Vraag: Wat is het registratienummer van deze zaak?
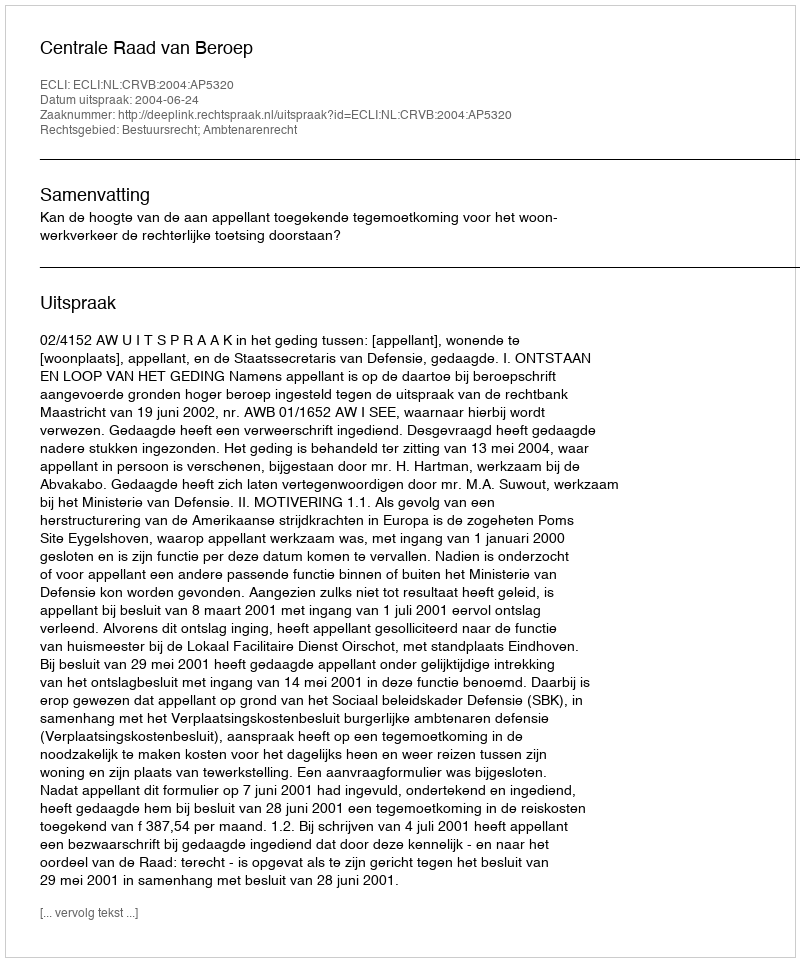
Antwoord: http://deeplink.rechtspraak.nl/uitspraak?id=ECLI:NL:CRVB:2004:AP5320